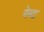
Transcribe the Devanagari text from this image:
येब्दा